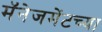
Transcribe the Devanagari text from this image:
मॅनेजमेंटच्या